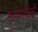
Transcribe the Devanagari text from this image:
महागावचे